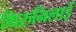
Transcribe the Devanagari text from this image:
थिरुनिलाई